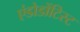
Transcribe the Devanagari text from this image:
एंडोडोंटिस्ट